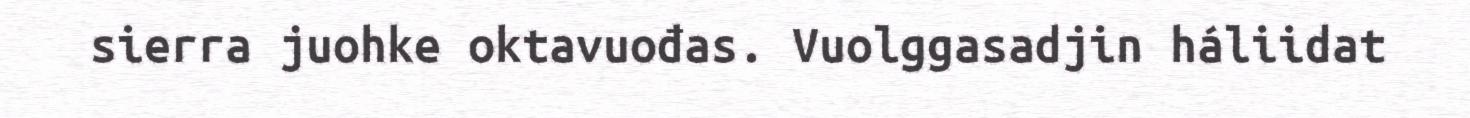
sierra juohke oktavuođas. Vuolggasadjin háliidat